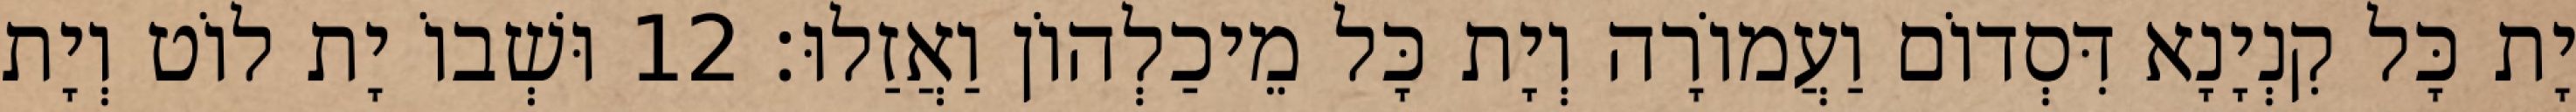
יָת כָּל קִנְיָנָא דִּסְדוֹם וַעֲמוֹרָה וְיָת כָּל מֵיכַלְהוֹן וַאֲזַלוּ׃ 12 וּשְׁבוֹ יָת לוֹט וְיָת